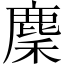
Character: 麇